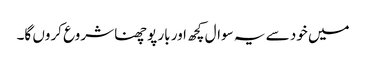
میں خود سے یہ سوال کچھ اور بار پوچھنا شروع کروں گا۔